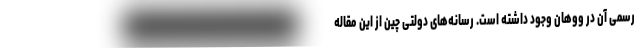
رسمی آن در ووهان وجود داشته است. رسانه‌های دولتی چین از این مقاله